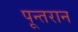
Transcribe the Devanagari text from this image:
पून्तरान